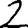
Digit: 2